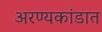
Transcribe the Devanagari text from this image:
अरण्यकांडात